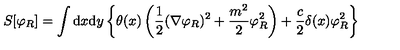
S [ \varphi _ { R } ] = \int { \mathrm { d } } x { \mathrm { d } } y \left\{ \theta ( x ) \left( \frac { 1 } { 2 } ( \nabla \varphi _ { R } ) ^ { 2 } + \frac { m ^ { 2 } } { 2 } \varphi _ { R } ^ { 2 } \right) + \frac { c } { 2 } \delta ( x ) \varphi _ { R } ^ { 2 } \right\}